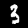
Digit: 3